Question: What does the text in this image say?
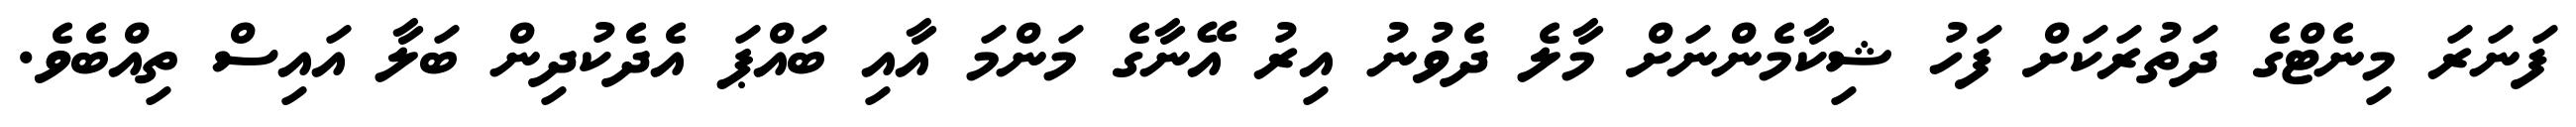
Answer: ފަނަރަ މިނެޓްގެ ދަތުރަކަށް ފަހު ޝިކާމެންނަށް މާލެ ދެވުނު އިރު އޭނާގެ މަންމަ އާއި ބައްޕަ އެދެކުދިން ބަލާ އައިސް ތިއްބެވެ.